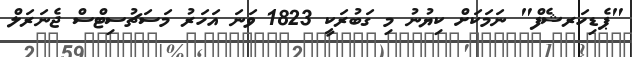
"ޕެޑިހަރޝެފް" ނަމަކަށް ކިޔުނު މި ގަބުރަކީ 1823 ވަނަ އަހަރު މަސަޗުސިޓްސް ޖެނަރަލް